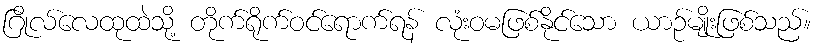
ဂြိုလ်လေထုထဲသို့ တိုက်ရိုက်ဝင်ရောက်ရန် လုံးဝမဖြစ်နိုင်သော ယာဉ်မျိုးဖြစ်သည်။